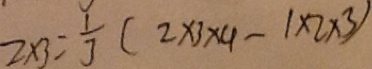
2 \times 3 = \frac { 1 } { 3 } ( 2 \times 3 \times 4 - 1 \times 2 \times 3 )